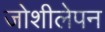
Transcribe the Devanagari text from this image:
जोशीलेपन